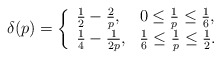
\begin{align*}\delta(p) = \bigg\{ \begin{array}{ll} \tfrac{1}{2} - \tfrac{2}{p} , & 0 \le \tfrac{1}{p} \le \tfrac{1}{6}, \\\tfrac{1}{4} - \tfrac{1}{2p}, & \tfrac{1}{6} \le \tfrac{1}{p} \le \tfrac{1}{2}.\end{array}\end{align*}